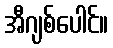
အီဂျစ်ပေါင်။